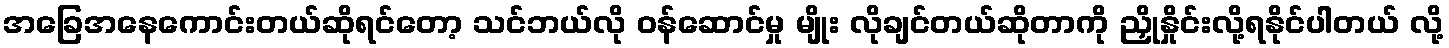
အခြေအနေကောင်းတယ်ဆိုရင်တော့ သင်ဘယ်လို ဝန်ဆောင်မှု မျိုး လိုချင်တယ်ဆိုတာကို ညှိုနှိုင်းလို့ရနိုင်ပါတယ် လို့